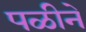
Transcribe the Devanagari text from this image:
पळीने